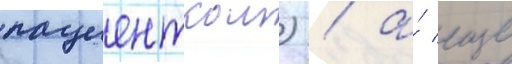
пациенткои) / а́ еще